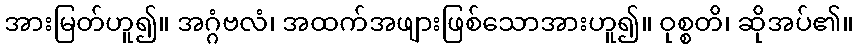
အားမြတ်ဟူ၍။ အဂ္ဂံဗလံ၊ အထက်အဖျားဖြစ်သောအားဟူ၍။ ဝုစ္စတိ၊ ဆိုအပ်၏။